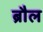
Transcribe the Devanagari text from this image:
ब्रौल